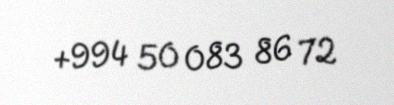
+994 50 083 86 72